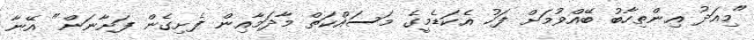
"މިއަދު އިންތިހާބު ބޭއްވުމަށް ފަހު އެކަޑެމީގެ މަސައްކަތް މާދަމާއިން ފެށިގެން ފަށާނަން" އޭނާ